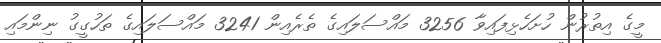
މީގެ އިތުރުން ހުށަހެޅިފައިވާ 3256 މައްސަލައިގެ ތެރެއިން 3241 މައްސަލައިގެ ތަހުގީގު ނިންމައި